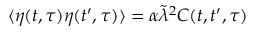
\langle \eta ( t , \tau ) \eta ( t ^ { \prime } , \tau ) \rangle = \alpha \tilde { \lambda } ^ { 2 } C ( t , t ^ { \prime } , \tau )